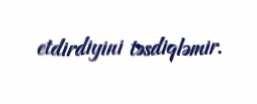
etdirdiyini təsdiqləmir.